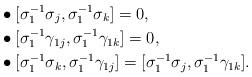
LaTeX: \begin{align*} & \bullet [\sigma_1^{-1} \sigma_j, \sigma_1^{-1} \sigma_k] = 0, \\& \bullet [\sigma_1^{-1} \gamma_{1j}, \sigma_1^{-1} \gamma_{1k}] = 0, \\& \bullet [\sigma_1^{-1} \sigma_k, \sigma_1^{-1} \gamma_{1j}] = [\sigma_1^{-1} \sigma_j, \sigma_1^{-1} \gamma_{1k}].\end{align*}